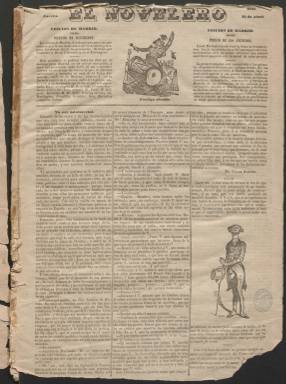
Título: El Novelero (Madrid)
Colección: Periódicos anteriores a 1850
Ámbito geográfico: Madrid
Lugar de publicación: Madrid
Fechas: 25/04/1844-03/06/1844